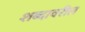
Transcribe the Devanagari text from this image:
शब्दावरील